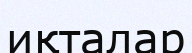
иқталар